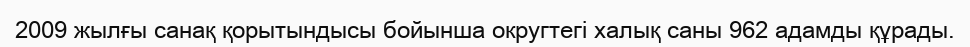
2009 жылғы санақ қорытындысы бойынша округтегі халық саны 962 адамды құрады.